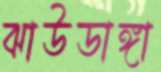
ঝাউডাঙ্গা